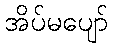
အိပ်မပျော်